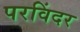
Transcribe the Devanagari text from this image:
परविंदर